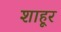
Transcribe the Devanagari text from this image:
शाहूर